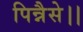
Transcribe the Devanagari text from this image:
पिन्नैसे।।